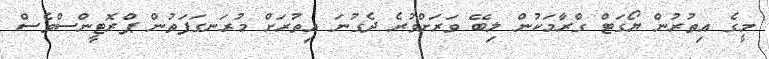
މީގެ އިތުރުން ޔޯގަޓް ގްރާމަކުން ލިބޭ ވަރަށްވުރެ ދެގުނަ އިތުރަށް މުރަނގަފަތުން ޕްރޮޓީންސްވެސް